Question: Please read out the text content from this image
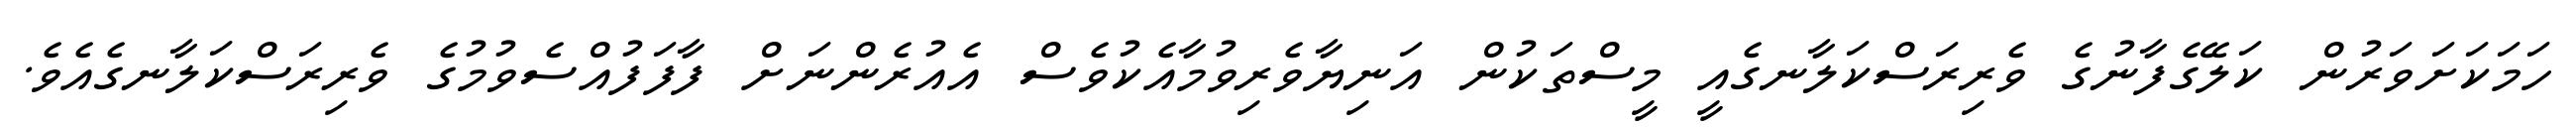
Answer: ހަމަކަށަވަރުން ކަލޭގެފާނުގެ ވެރިރަސްކަލާނގެއީ މީސްތަކުން އަނިޔާވެރިވުމާއެކުވެސް އެއުރެންނަށް ފާފަފުއްސެވުމުގެ ވެރިރަސްކަލާނގެއެވެ.